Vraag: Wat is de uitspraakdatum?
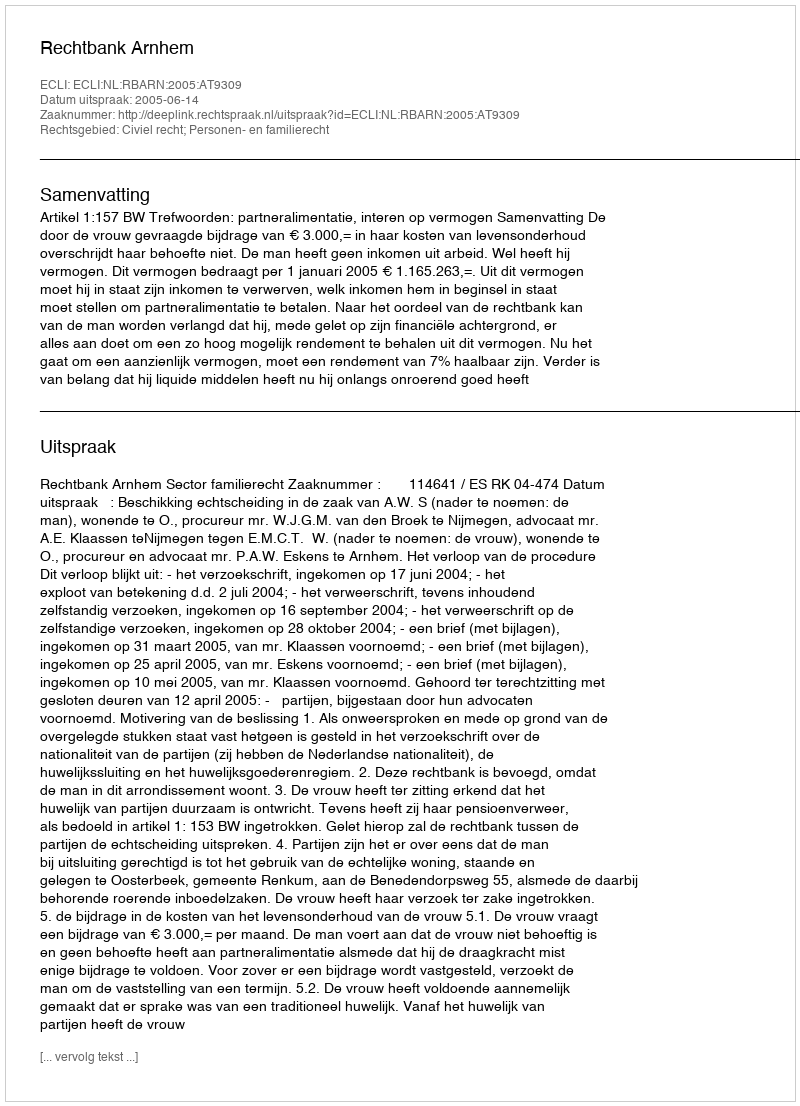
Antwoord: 2005-06-14